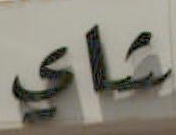
شاي